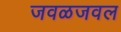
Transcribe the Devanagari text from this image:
जवळजवल